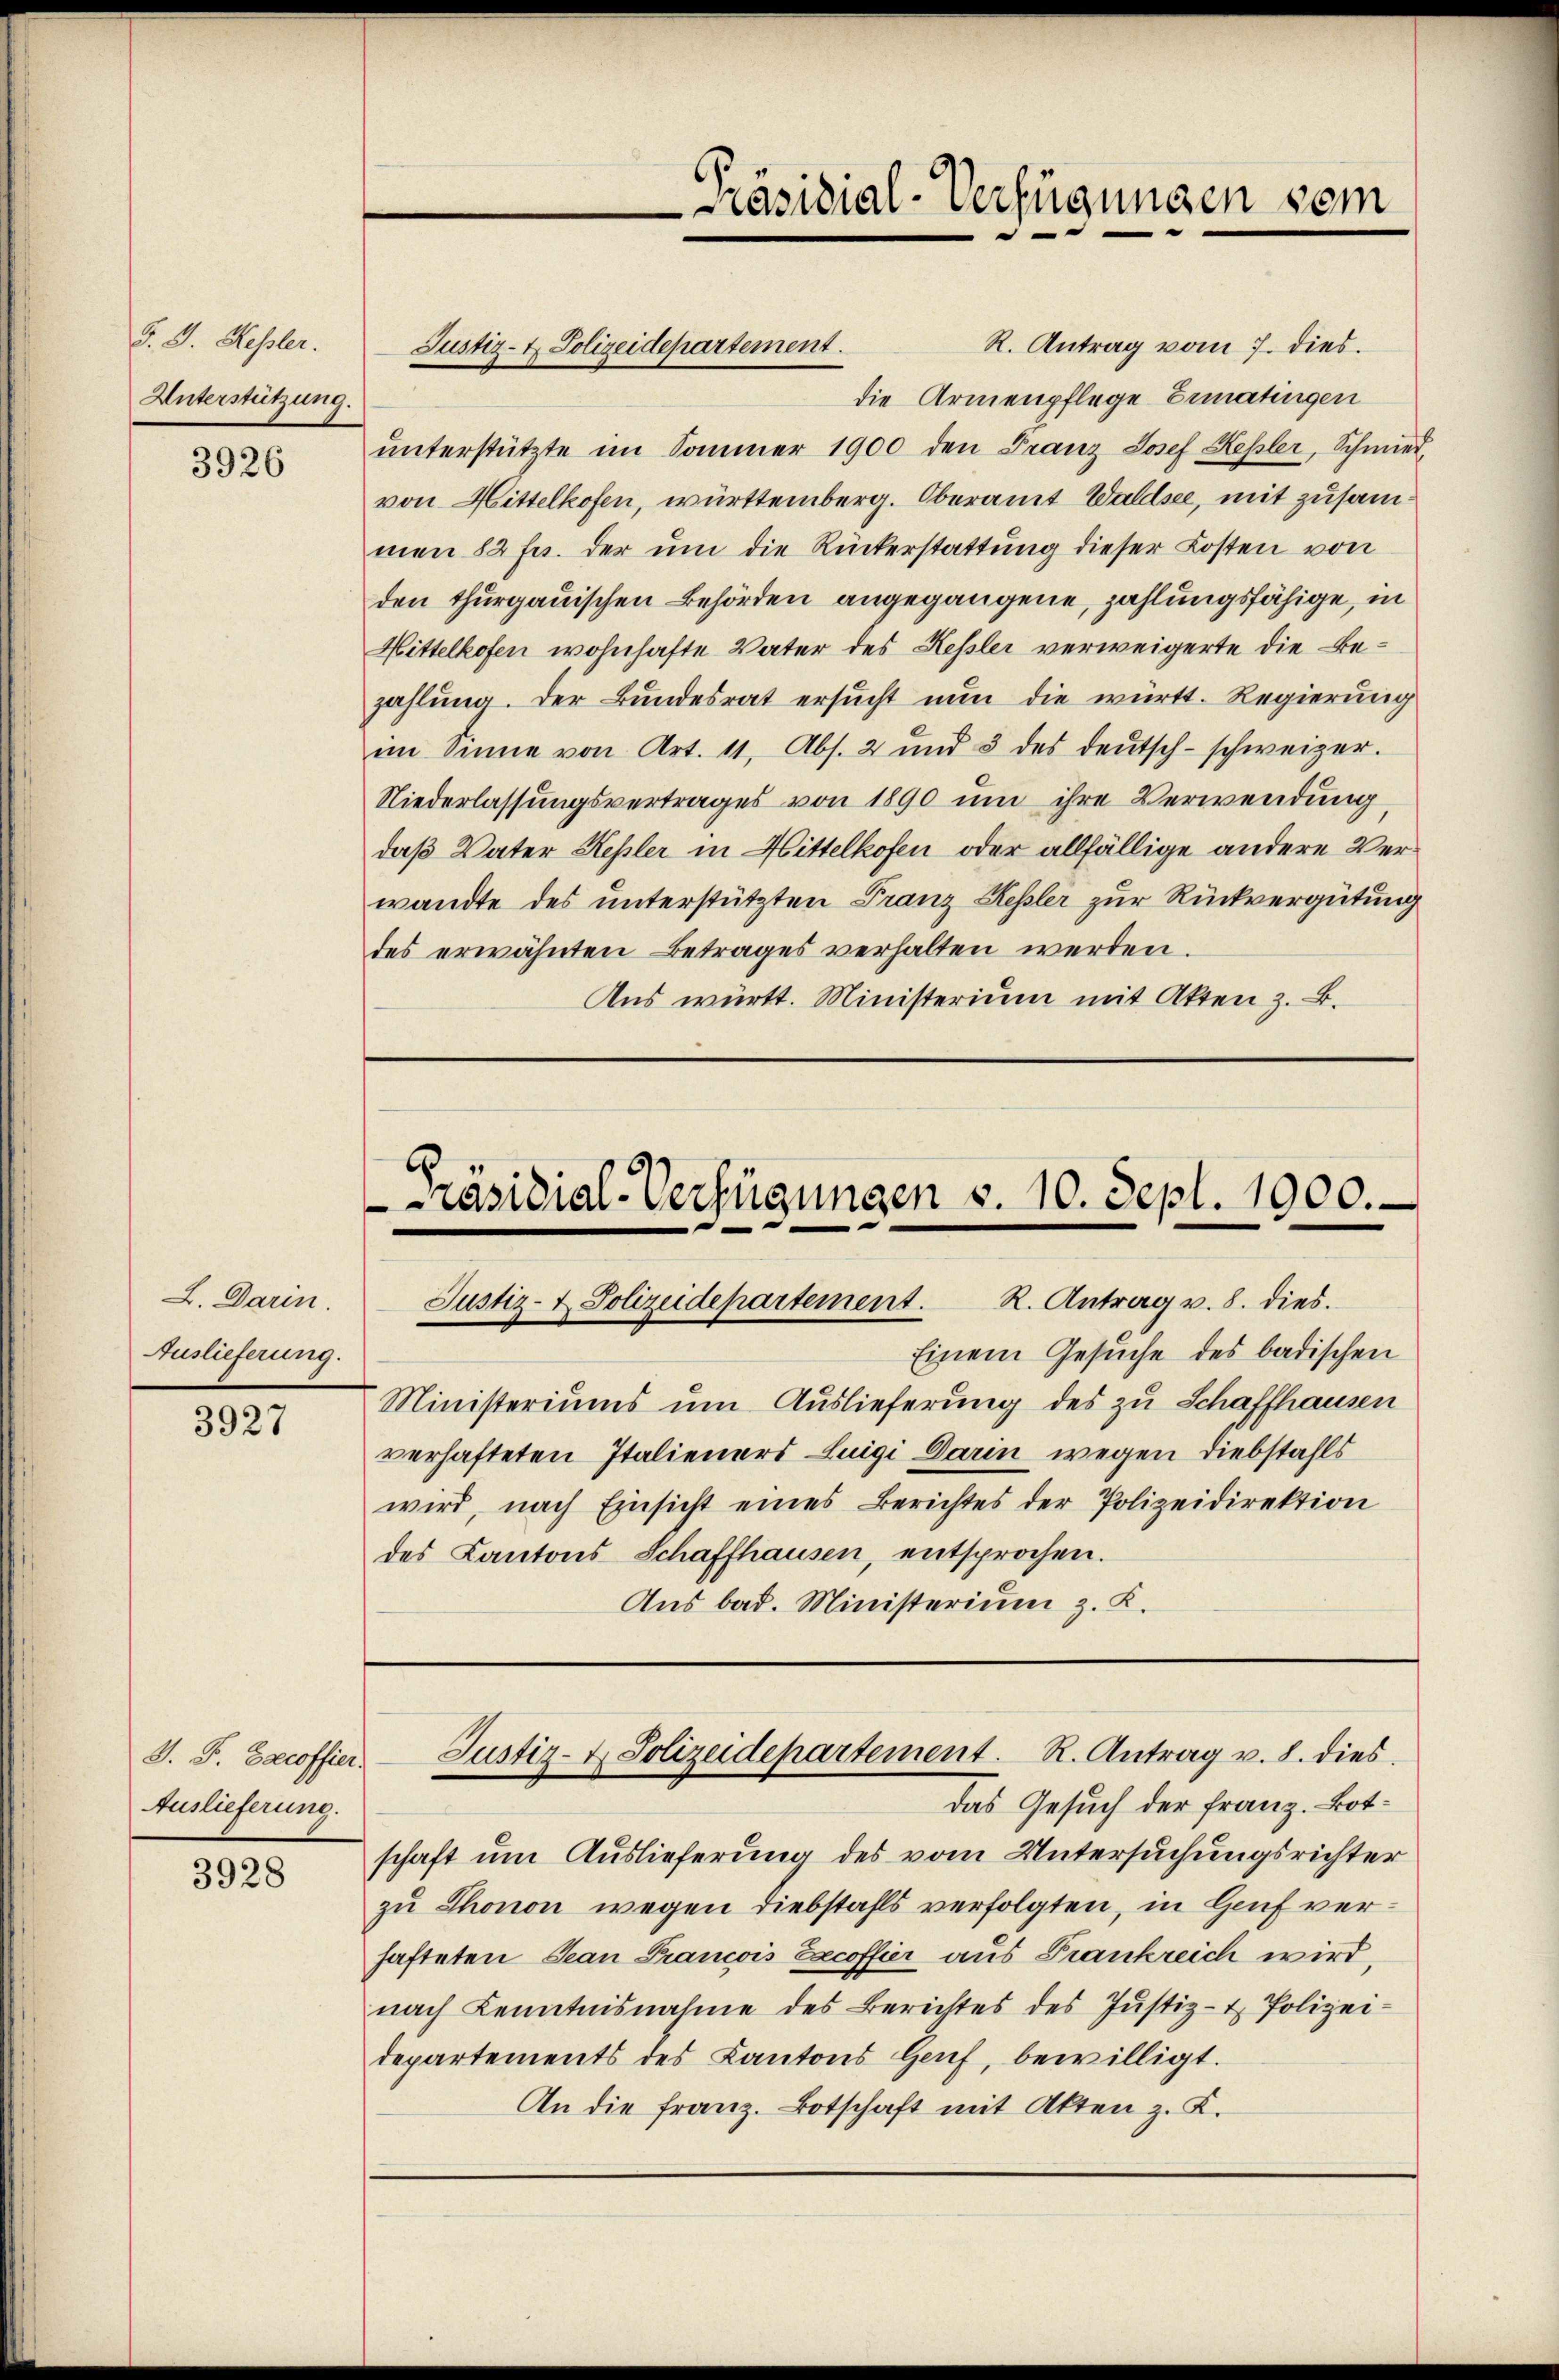
F. J. Keßler.
Unterstützung.

3926

L. Darin.
Auslieferung.

3927

J. F. Bacoffier.
Auslieferung.

3928

R. Antrag vom 7. dies.
die Armenpflege Ermatingen
ŭnterstützte im Sommer 1900 den Franz Josef Keßler, Schmied,
von Mittelkofen, württemberg. Oberamt Wallsee, mit zusam
men 82 fr. der um die Rückerstattung dieser Kosten von
den thurgauischen Behörden angegangene, zahlungsfähige, in
Mittelkofen wohnhafte Vater des Kessler verweigerte die Bezahlung. Der Bundesrat ersucht nun die württ. Regierung
im Sinne von Art. 11, Abs. 2 und 3 des deŭtsch-schweizer.
Niederlassungsvertrages von 1890 um ihre Verwendung
daß Vater Hepler in Mittelkofen oder allfällige andere Verwandte des unterstützten Franz Kessler zur Rückvergütung
des erwähnten Betrages verhalten werden.
Aus württ. Ministerium mit Akten z. B.

Justiz- & Polizeidepartement.

Präsidial-Verfügungen v. 10. Sept. 1900.
Justiz- & Polizeidepartement. R. Antrag v. 8. dies.

Präsidial-Verfügungen sein

Einem Gesuche des badischen
Ministeriums um Auslieferung des zu Schaffhausen
verhafteten Italieners Luigi Darin wegen Diebstahls
wird, nach Einsicht eines Berichtes der Polizeidirektion
des Kantons Schaffhausen, entsprochen.
Aus bad. Ministerium z. K.

Das Gesuch der Franz. Botschaft um Auslieferung des vom Untersuchungsrichter
zu Thonon wegen Diebstahls verfolgten, in Genf verhafteten Jean Francois Excoffier aus Frankreich wird,
nach Kenntnisnahme des Berichtes des Jŭstiz- & Polizei-
departements des Kantons Hof, bewilligt.
An die Franz. Botschaft mit Akten z. K.

Justiz- & Polizeidepartement. R. Antrag u. 8. dies